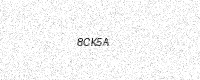
Text: 8CK5A